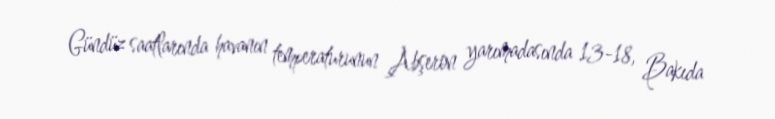
Gündüz saatlarında havanın temperaturunun Abşeron yarımadasında 13-18, Bakıda